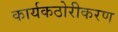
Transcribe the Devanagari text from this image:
कार्यकठोरीकरण